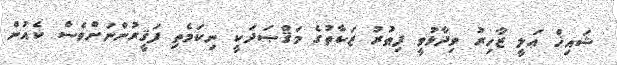
ޝައިޚް ޢަލީ ޒާހިރު ވިދާޅުވީ ފިޠުރު ޒަކާތުގެ މަޤްޞަދަކީ ނިކަމެތި ފަޤީރުންނަށްވެސް ކެއުން